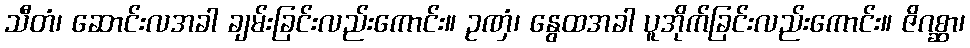
သီတံ၊ ဆောင်းလအခါ ချမ်းခြင်းလည်းကောင်း။ ဥဏှံ၊ နွေထအခါ ပူအိုက်ခြင်းလည်းကောင်း။ ဇိဂစ္ဆာ၊